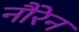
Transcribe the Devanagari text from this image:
नौरेन